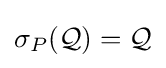
\sigma _{P}({\mathcal {Q}})={\mathcal {Q}}